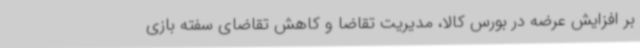
بر افزایش عرضه در بورس کالا، مدیریت تقاضا و کاهش تقاضای سفته بازی